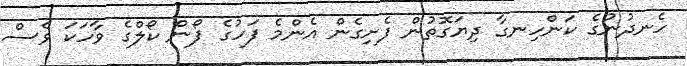
ހެނދުނުގެ ކަންހިނގާ ދިޔަގޮތުން ފެށިގެން އެންމެ ފަހުގެ ފޯން ކޯލްގެ ވާހަކަ ވެސް